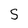
Character: S